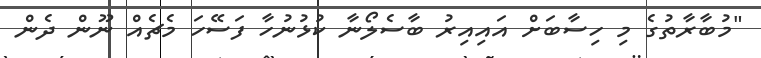
"މުބާރާތުގެ މި ހިސާބަށް އައިއިރު ބާސެލޯނާ ކުޅުނުހާ ފަސޭހަ މެޗެއް ނޫން ދެން